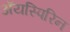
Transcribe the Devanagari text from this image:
ॲयस्पिरिन